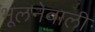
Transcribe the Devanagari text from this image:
भूलनेवाली